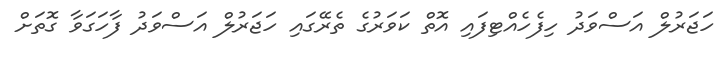
ހަޖަރުލް އަސްވަދު ހިފެހެއްޓިފައި އޮތް ކަވަރުގެ ތެރޭގައި ހަޖަރުލް އަސްވަދު ފާހަގަވާ ގޮތަށް